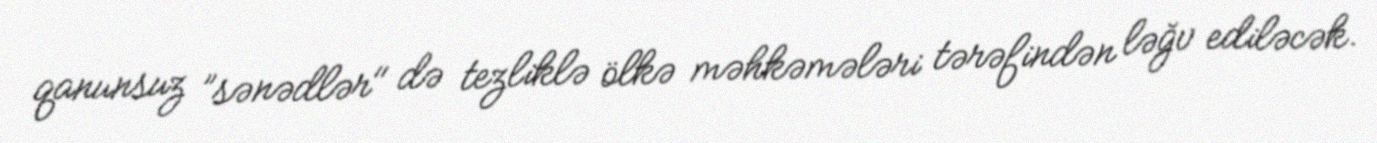
qanunsuz ”sənədlər" də tezliklə ölkə məhkəmələri tərəfindən ləğv ediləcək.